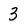
Character: 3